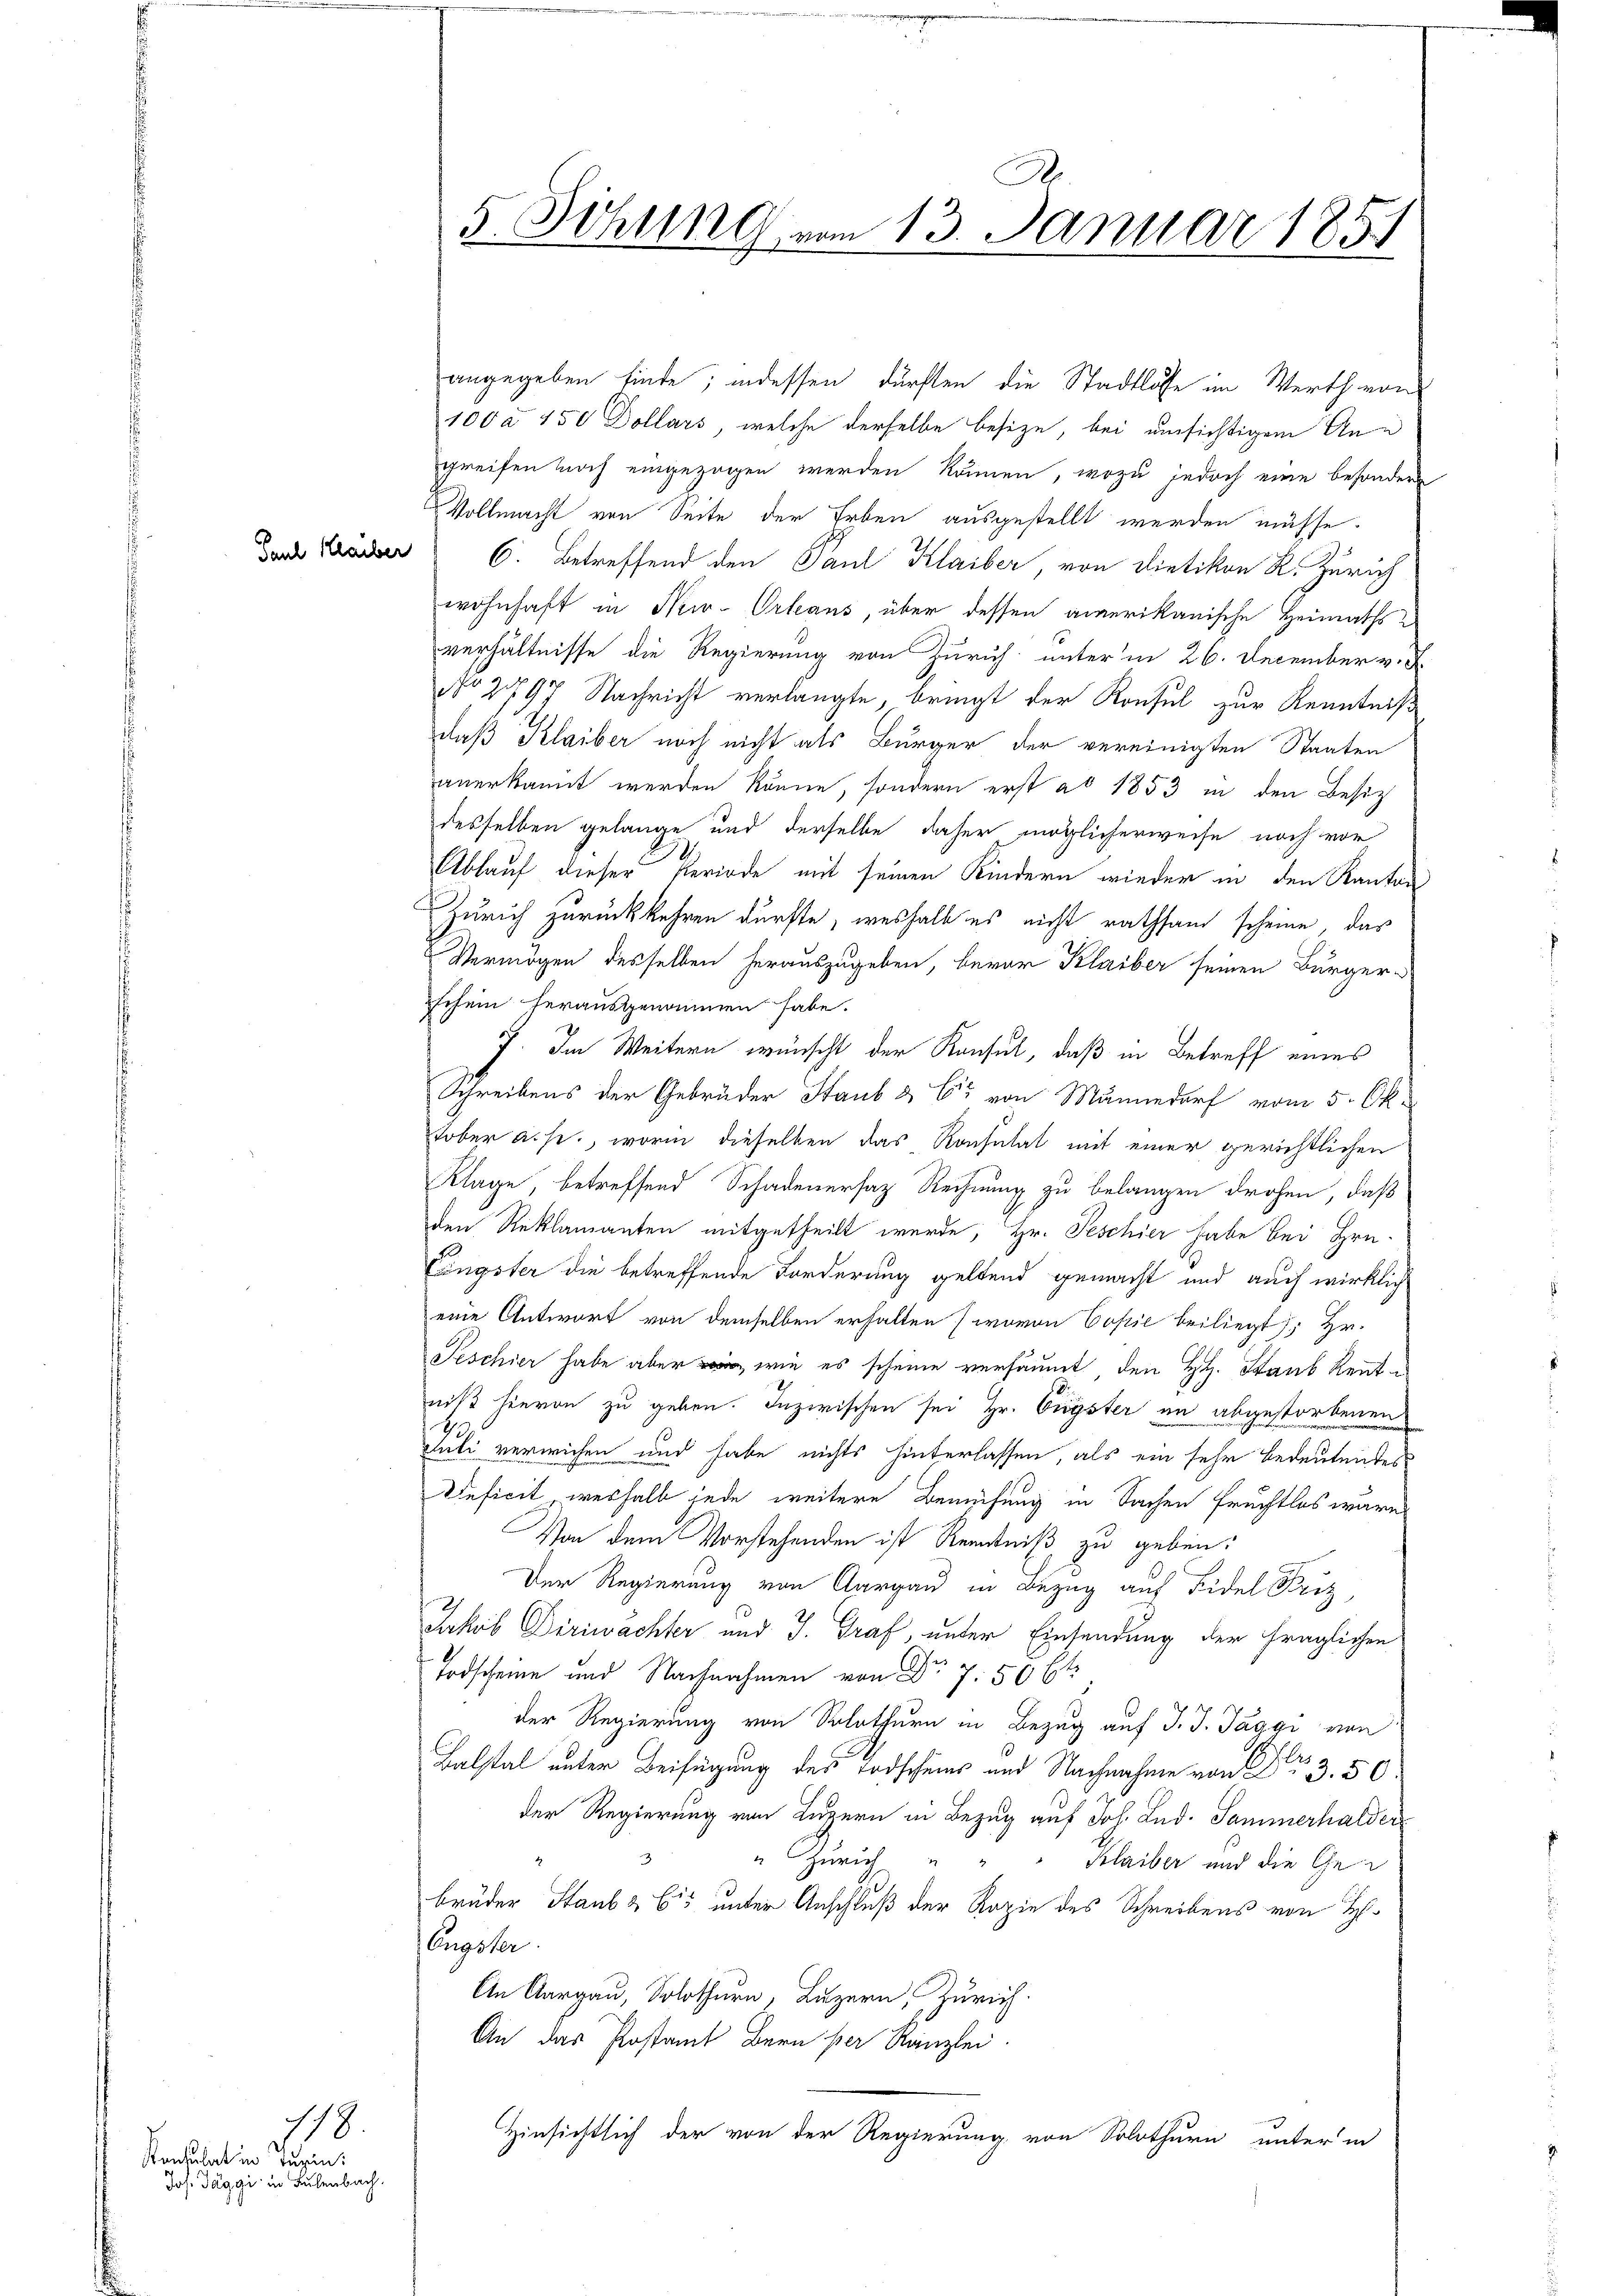
Jauk Haber

118

Konsulat in Turin:
Jos. Taggi in Sulenbach.

A.
5. Sitzung vom 13. Januar 1851

angegeben finde; indessen dürften die Stadtlösse im Werth von
100 à 450 Dollars, welche derselbe besize, bei umsichtigem Angreifen noch eingezogen werden können, wozu jedoch eine besondere
Vollmacht von Seite der Erben ausgestellt werden müsse.
C. Betreffend den Paul Klaiber, von Dietikon R. Zürich
wohnhaft in New-Orleans, über dessen amerikanische Heimathsverhältnisse die Regierung von Zürich unterm 26. December v. J.
No 297 Nachricht verlangte, bringt der Konsul zur Kenntniß
daß Klaiber noch nicht als Bürger der vereinigten Staaten
anerkannt werden könne, sondern erst ad 1853 in den Besitz
desselben gelange und derselbe daher möglicherweise noch vor
Ablauf dieser Periode mit seinen Kindern wieder in den Kanton
Zürich zurückkehren dürfte, weshalb es nicht rathsam scheine, das
Vermögen desselben herauszugeben, bevor Klaiber seinen Bürger-
schein herausgenommen habe.
. Im Weitern wünscht der Konsul, daß in Betreff eines
Schreibens der Gebrüder Staub & Er von Männedorf vom 5. Ok-
tober a.h., worin dieselben das Konsulat mit einer gerichtlichen
Klage, betreffend Schadenersatz Rechnung zu belangen drohen, daß
den Reklamanten mitgetheilt werde; Hr. Peschier habe bei Hrn.
Cängster die betreffende Forderung geltend gemacht und auch wirklich
eine Antwort von demselben erhalten (wovon Copie beiliegt /: Hr.
Peschier habe aber, wie es scheine versäumt den HH. Staub Rentniß hievon zu geben. Inzwischen sei Hr. Origster an abgestorbenen
Juli verwichen und habe nichts hinterlassen, als ein sehr bedeutendes
Deficit, weshalb jede weitere Bemühung in Sachen Fruchtlos wäre
Von dem Vorstehenden ist Kenntniß zu geben.
Der Regierung von Aargau in Bezug auf Fidel Pritz
Jakob Diriwachter und J. Graf, unter Einsendung der fraglichen
Todscheine und Nachnahmen von Dr 7. 50 x
der Regierung von Solothurn in Bezug auf J. J. Taggi von
Balstal unter Beifügung des Todscheins und Nachnahme von Nr. 3. 50.
der Regierung von Luzern in Bezug auf Joh. Lud. Sammerhalder
3
" Zürich " " " Klaiber und die Gebrüder Staubs bis unter Anschluß der Kopie des Schreibens von H.
Engster
An Aargau, Solothurn, Luzern, Zürich.
An das Postamt Bern per Kanzlei.
Hinsichtlich der von der Regierung von Solothurn unter in